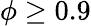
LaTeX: \phi\geq 0.9